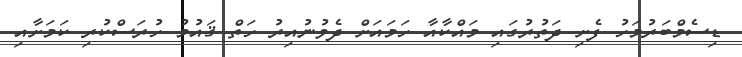
ޑިސެމްބަރުމަހު ފެށި ދަތުރުގައި މައްކާއާ ހަމައަށް ދެވުނުއިރު ހަތް ޤައުމު ހުރަސްކުރި ކަމަށާއި